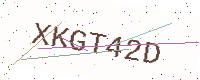
Text: XKGT42D